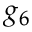
g _ { 6 }